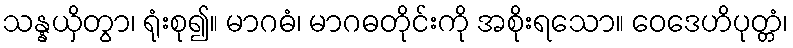
သန္နယှိတွာ၊ ရုံးစု၍။ မာဂဓံ၊ မာဂဓတိုင်းကို အစိုးရသော။ ဝေဒေဟိပုတ္တံ၊